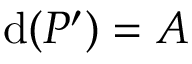
\mathrm { d } ( P ^ { \prime } ) = A